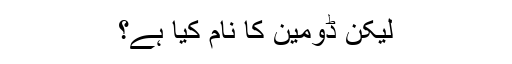
لیکن ڈومین کا نام کیا ہے؟